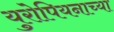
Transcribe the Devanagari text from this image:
युरोपियनाच्या